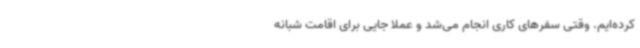
کرده‌ایم. وقتی سفرهای کاری انجام می‌شد و عملاً جایی برای اقامت شبانه